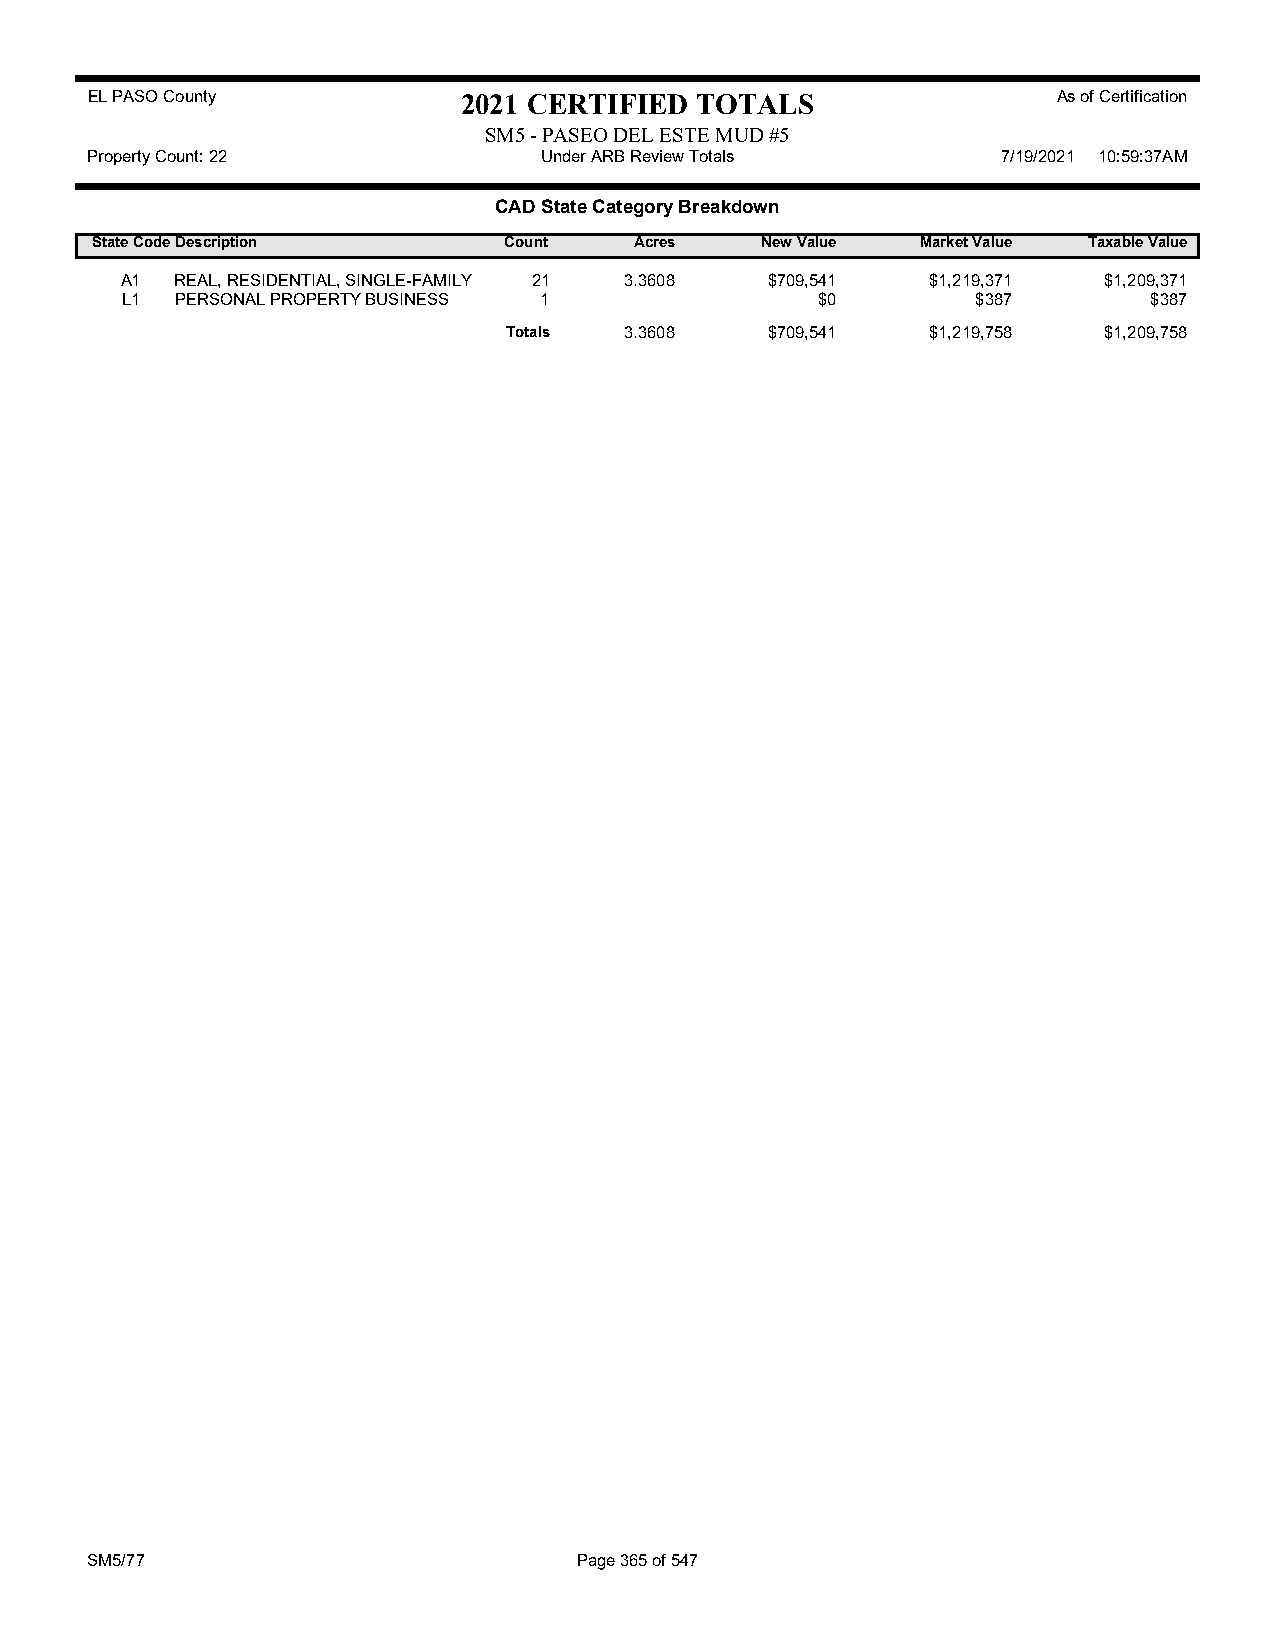
EL PASO County           2021 CERTIFIED TOTALS                  As of Certification
 SM5 - PASEO DEL ESTE MUD #5
 Property Count: 22            Under ARB Review Totals       7/19/2021 10:59:37AM
 CAD State Category Breakdown
 State CodeDescription      Count    Acres   New Value  Market Value Taxable Value
 A1  REAL, RESIDENTIAL, SINGLE-FAMILY 21 3.3608 $709,541 $1,219,371 $1,209,371
 L1  PERSONAL PROPERTY BUSINESS 1              $0         $387       $387
 Totals 3.3608    $709,541   $1,219,758 $1,209,758
 SM5/77                          Page 365 of 547